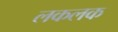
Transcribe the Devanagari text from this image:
लकलक